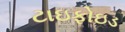
ટાઇફોઇડ